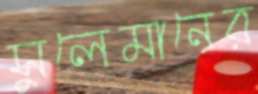
সুলেমানের